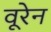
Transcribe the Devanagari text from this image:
वूरेन